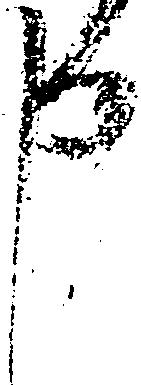
申